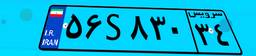
۵۶S۸۳۰۳۴